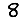
Digit: 8